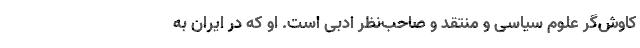
کاوش‌گرِ علوم سیاسی و منتقد و صاحب‌نظر ادبی است. او که در ایران به